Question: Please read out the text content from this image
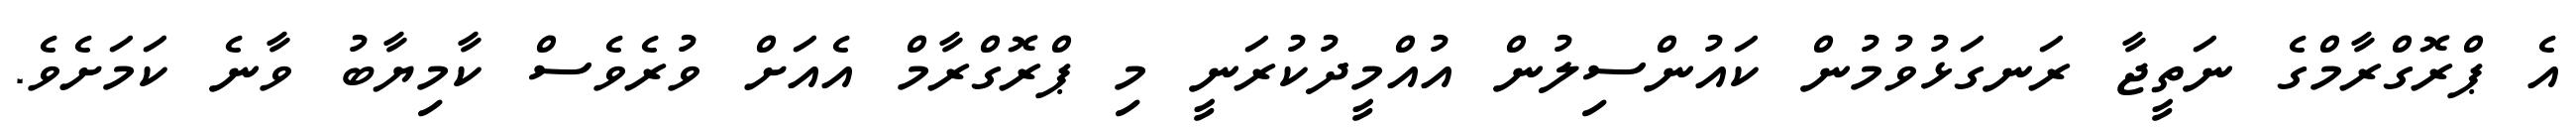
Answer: އެ ޕްރޮގްރާމްގެ ނަތީޖާ ރަނގަޅުވުމުން ކައުންސިލުން އުއްމީދުކުރަނީ މި ޕްރޮގްރާމް އެއަށް ވުރެވެސް ކާމިޔާބު ވާނެ ކަމަށެވެ.